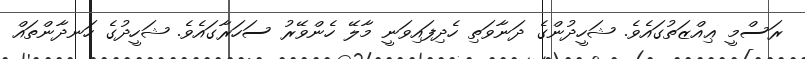
ރަސްމީ ޢިއްޒަތުގައެވެ. ޝަހީދުންގެ ދަނާވަތި ހެދިފައިވަނީ މާލޭ ހެންވޭރު ސަހަރާގައެވެ. ޝަހީދުގެ ހަނދާންތައް